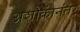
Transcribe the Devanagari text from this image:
अशोकांनंतर